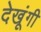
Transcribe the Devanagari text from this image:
देखूंगी